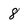
Character: 8